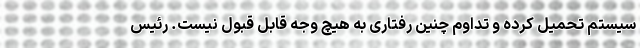
سیستم تحمیل کرده و تداوم چنین رفتاری به هیچ وجه قابل قبول نیست. رئیس